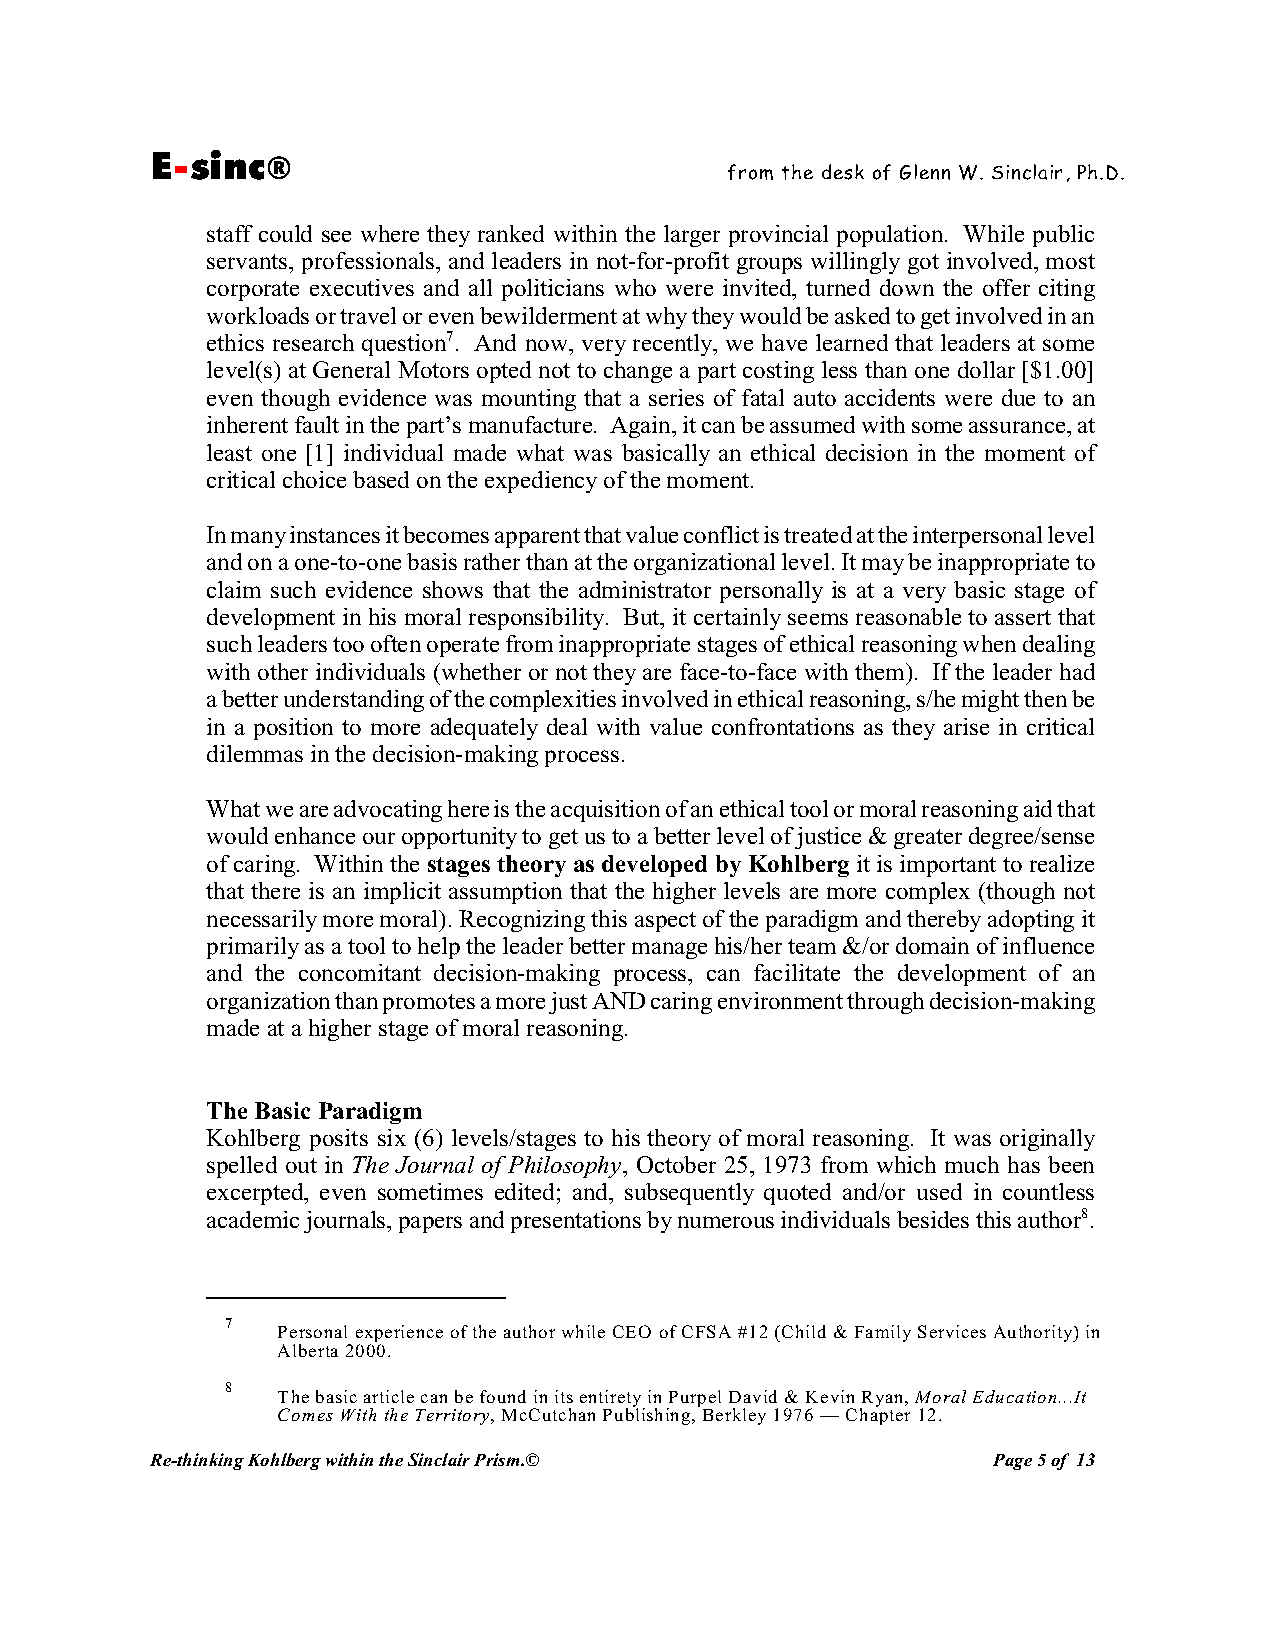
E-sinc®
 from the desk of Glenn W. Sinclair, Ph.D.
 staff could see where they ranked within the larger provincial population. While public
 servants, professionals, and leaders in not-for-profit groups willingly got involved, most
 corporate executives and all politicians who were invited, turned down the offer citing
 workloads or travel or even bewilderment at why they would be asked to get involved in an
 ethics research question7. And now, very recently, we have learned that leaders at some
 level(s) at General Motors opted not to change a part costing less than one dollar [$1.00]
 even though evidence was mounting that a series of fatal auto accidents were due to an
 inherent fault in the part’s manufacture. Again, it can be assumed with some assurance, at
 least one [1] individual made what was basically an ethical decision in the moment of
 critical choice based on the expediency of the moment.
 In many instances it becomes apparent that value conflict is treated at the interpersonal level
 and on a one-to-one basis rather than at the organizational level. It may be inappropriate to
 claim such evidence shows that the administrator personally is at a very basic stage of
 development in his moral responsibility. But, it certainly seems reasonable to assert that
 such leaders too often operate from inappropriate stages of ethical reasoning when dealing
 with other individuals (whether or not they are face-to-face with them). If the leader had
 a better understanding of the complexities involved in ethical reasoning, s/he might then be
 in a position to more adequately deal with value confrontations as they arise in critical
 dilemmas in the decision-making process.
 What we are advocating here is the acquisition of an ethical tool or moral reasoning aid that
 would enhance our opportunity to get us to a better level of justice & greater degree/sense
 of caring. Within the stages theory as developed by Kohlberg it is important to realize
 that there is an implicit assumption that the higher levels are more complex (though not
 necessarily more moral). Recognizing this aspect of the paradigm and thereby adopting it
 primarily as a tool to help the leader better manage his/her team &/or domain of influence
 and the concomitant decision-making process, can facilitate the development of an
 organization than promotes a more just AND caring environment through decision-making
 made at a higher stage of moral reasoning.
 The Basic Paradigm
 Kohlberg posits six (6) levels/stages to his theory of moral reasoning. It was originally
 spelled out in The Journal of Philosophy, October 25, 1973 from which much has been
 excerpted, even sometimes edited; and, subsequently quoted and/or used in countless
 academic journals, papers and presentations by numerous individuals besides this author8.
 7
 Personal experience of the author while CEO of CFSA #12 (Child & Family Services Authority) in
 Alberta 2000.
 8
 The basic article can be found in its entirety in Purpel David & Kevin Ryan, Moral Education...It
 Comes With the Territory, McCutchan Publishing, Berkley 1976 — Chapter 12.
 Re-thinking Kohlberg within the Sinclair Prism.©        Page 5 of 13